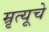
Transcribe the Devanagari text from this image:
म्रृत्यूचे